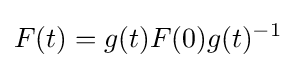
F(t)=g(t)F(0)g(t)^{-1}